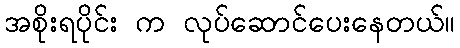
အစိုးရပိုင်း က လုပ်ဆောင်ပေးနေတယ်။